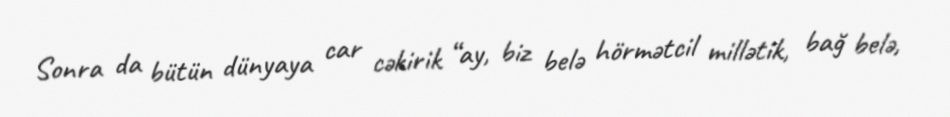
Sonra da bütün dünyaya car cəkirik “ay, biz belə hörmətcil millətik, bağ belə,